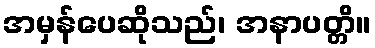
အမှန်ပေဆိုသည်၊ အနာပတ္တိ။